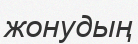
жонудың